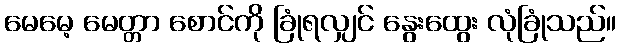
မေမေ့ မေတ္တာ စောင်ကို ခြုံရလျှင် နွေးထွေး လုံခြုံသည်။